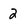
Character: 2